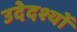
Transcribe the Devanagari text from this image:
उदेदश्यों